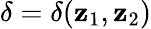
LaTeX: \delta=\delta(\mathbf{z}_{1},\mathbf{z}_{2})